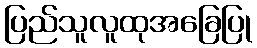
ပြည်သူလူထုအခြေပြု